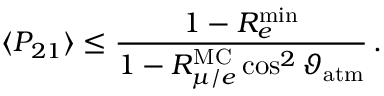
\langle P _ { 2 1 } \rangle \leq \frac { 1 - R _ { e } ^ { \mathrm { m i n } } } { 1 - R _ { \mu / e } ^ { \mathrm { M C } } \cos ^ { 2 } \vartheta _ { \mathrm { a t m } } } \, .